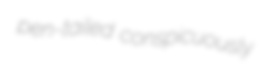
pen-tailed conspicuously